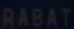
RABAT